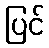
ပြင်